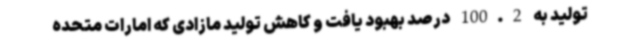
تولید به 100.2 درصد بهبود یافت و کاهش تولید مازادی که امارات متحده